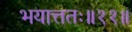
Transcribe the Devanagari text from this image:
भयात्ततः॥११॥